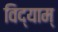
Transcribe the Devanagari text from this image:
विद्याम्